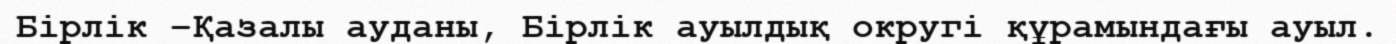
Бірлік –Қазалы ауданы, Бірлік ауылдық округі құрамындағы ауыл.